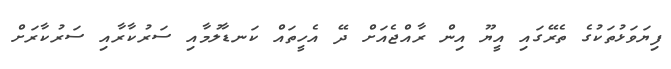
ފިޔަވަޅުތަކުގެ ތެރޭގައި އީޔޫ އިން ރާއްޖެއަށް ދޭ އެހީތައް ކަނޑާލުމާއި ސަރުކާރާއި ސަރުކާރަށް